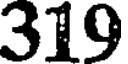
319